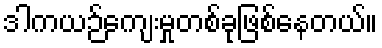
ဒါကယဉ်ကျေးမှုတစ်ခုဖြစ်နေတယ်။